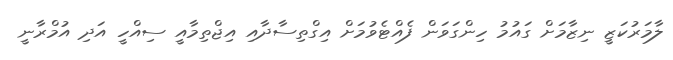
ލާމަރުކަޒީ ނިޒާމަށް ގައުމު ހިންގަވަން ފެއްޓެވުމަށް އިގްތިސާދާއި އިޖްތިމާއީ ސިއްހީ އަދި އުމްރާނީ